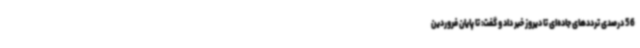
56 درصدی ترددهای جاده‌ای تا دیروز خبر داد و گفت: تا پایان فروردین